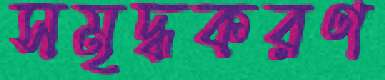
সমৃদ্ধকরণ